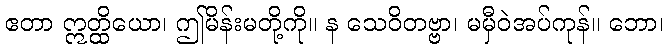
ဧတာ ဣတ္ထိယော၊ ဤမိန်းမတို့ကို။ န သေဝိတဗ္ဗာ၊ မမှီဝဲအပ်ကုန်။ ဘော၊